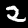
Digit: 2